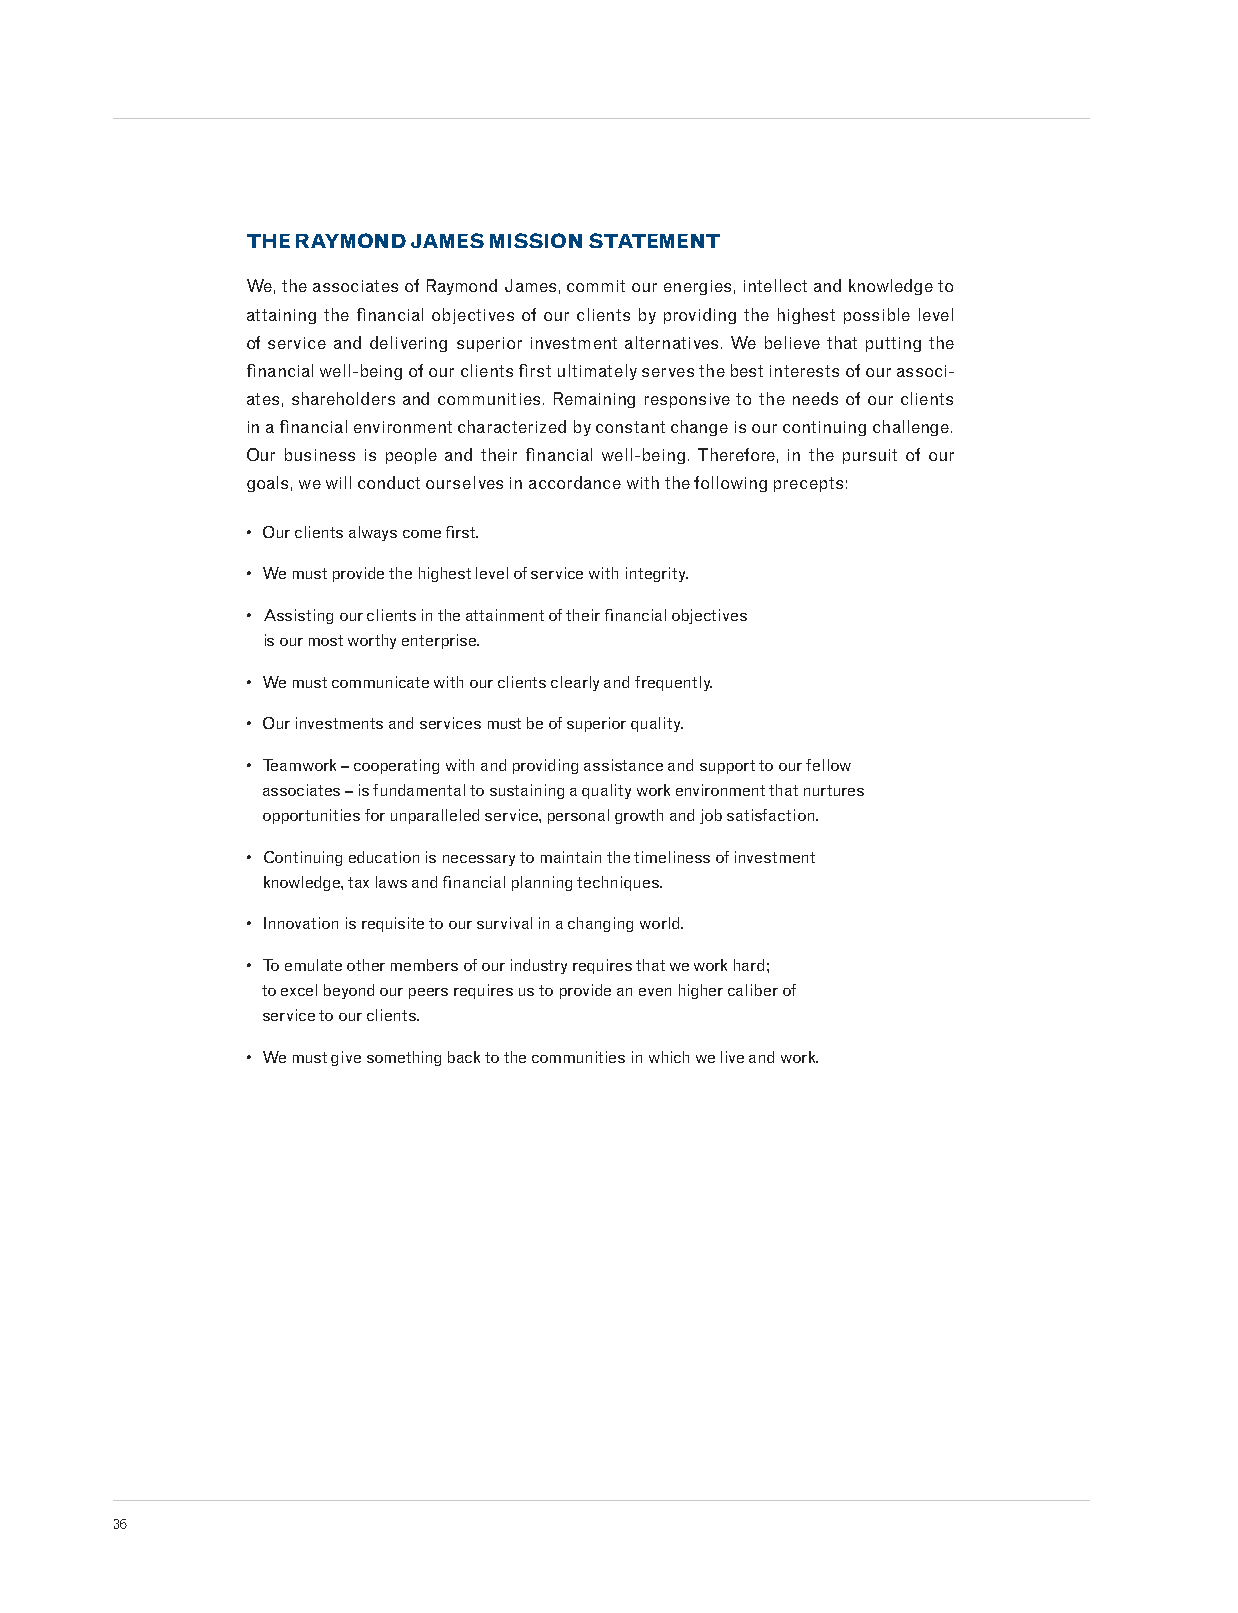
THE RAYMOND JAMES MISSION STATEMENT
 We, the associates of Raymond James, commit our energies, intellect and knowledge to
 attaining the financial objectives of our clients by providing the highest possible level
 of service and delivering superior investment alternatives. We believe that putting the
 financial well-being of our clients first ultimately serves the best interests of our associ-
 ates, shareholders and communities. Remaining responsive to the needs of our clients
 in a financial environment characterized by constant change is our continuing challenge.
 Our business is people and their financial well-being. Therefore, in the pursuit of our
 goals, we will conduct ourselves in accordance with the following precepts:
 • Our clients always come first.
 • We must provide the highest level of service with integrity.
 • A ssisting our clients in the attainment of their financial objectives
 is our most worthy enterprise.
 • We must communicate with our clients clearly and frequently.
 • Our investments and services must be of superior quality.
 • Teamwork – cooperating with and providing assistance and support to our fellow
 associates – is fundamental to sustaining a quality work environment that nurtures
 opportunities for unparalleled service, personal growth and job satisfaction.
 • C ontinuing education is necessary to maintain the timeliness of investment
 knowledge, tax laws and financial planning techniques.
 • Innovation is requisite to our survival in a changing world.
 • To emulate other members of our industry requires that we work hard;
 to excel beyond our peers requires us to provide an even higher caliber of
 service to our clients.
 • We must give something back to the communities in which we live and work.
 36